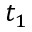
t _ { 1 }